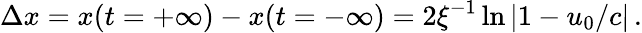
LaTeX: \Delta x=x(t=+\infty)-x(t=-\infty)=2\xi^{-1}\ln|1-u_{0}/c|\, .